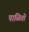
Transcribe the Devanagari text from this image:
पाळितो